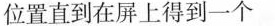
位置直到在屏上得到一个